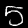
Digit: 5